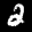
Label: 2